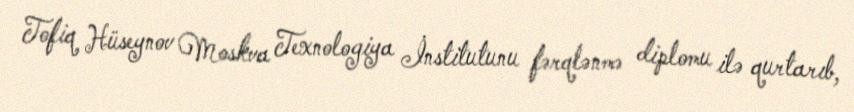
Tofiq Hüseynov Moskva Texnologiya İnstitutunu fərqlənmə diplomu ilə qurtarıb,